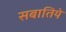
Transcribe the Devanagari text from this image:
सबातिये